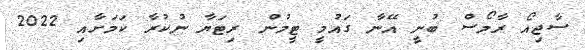
ސާޖިއޯ ރާމޯސް ބުނީ އޭނާ ގައުމީ ޓީމުން ރިޓަޔާ ނުކުރާ ކަމަށާއި 2022